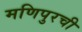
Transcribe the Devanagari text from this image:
मणिपुरची